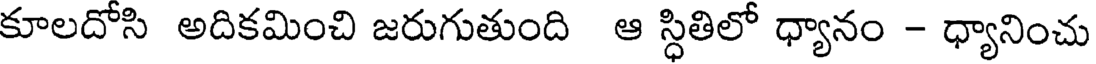
కూలదోసి అదికమించి జరుగుతుంది ఆ స్ధితిలో ధ్యానం - ధ్యానించు